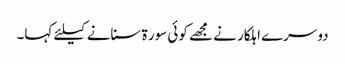
دوسرے اہلکار نے مجھے کوئی سور ۃ سنانے کیلئے کہا۔